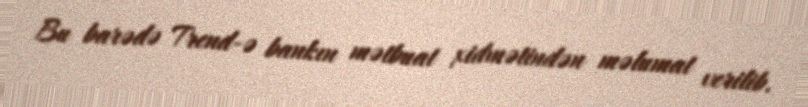
Bu barədə Trend-ə bankın mətbuat xidmətindən məlumat verilib.